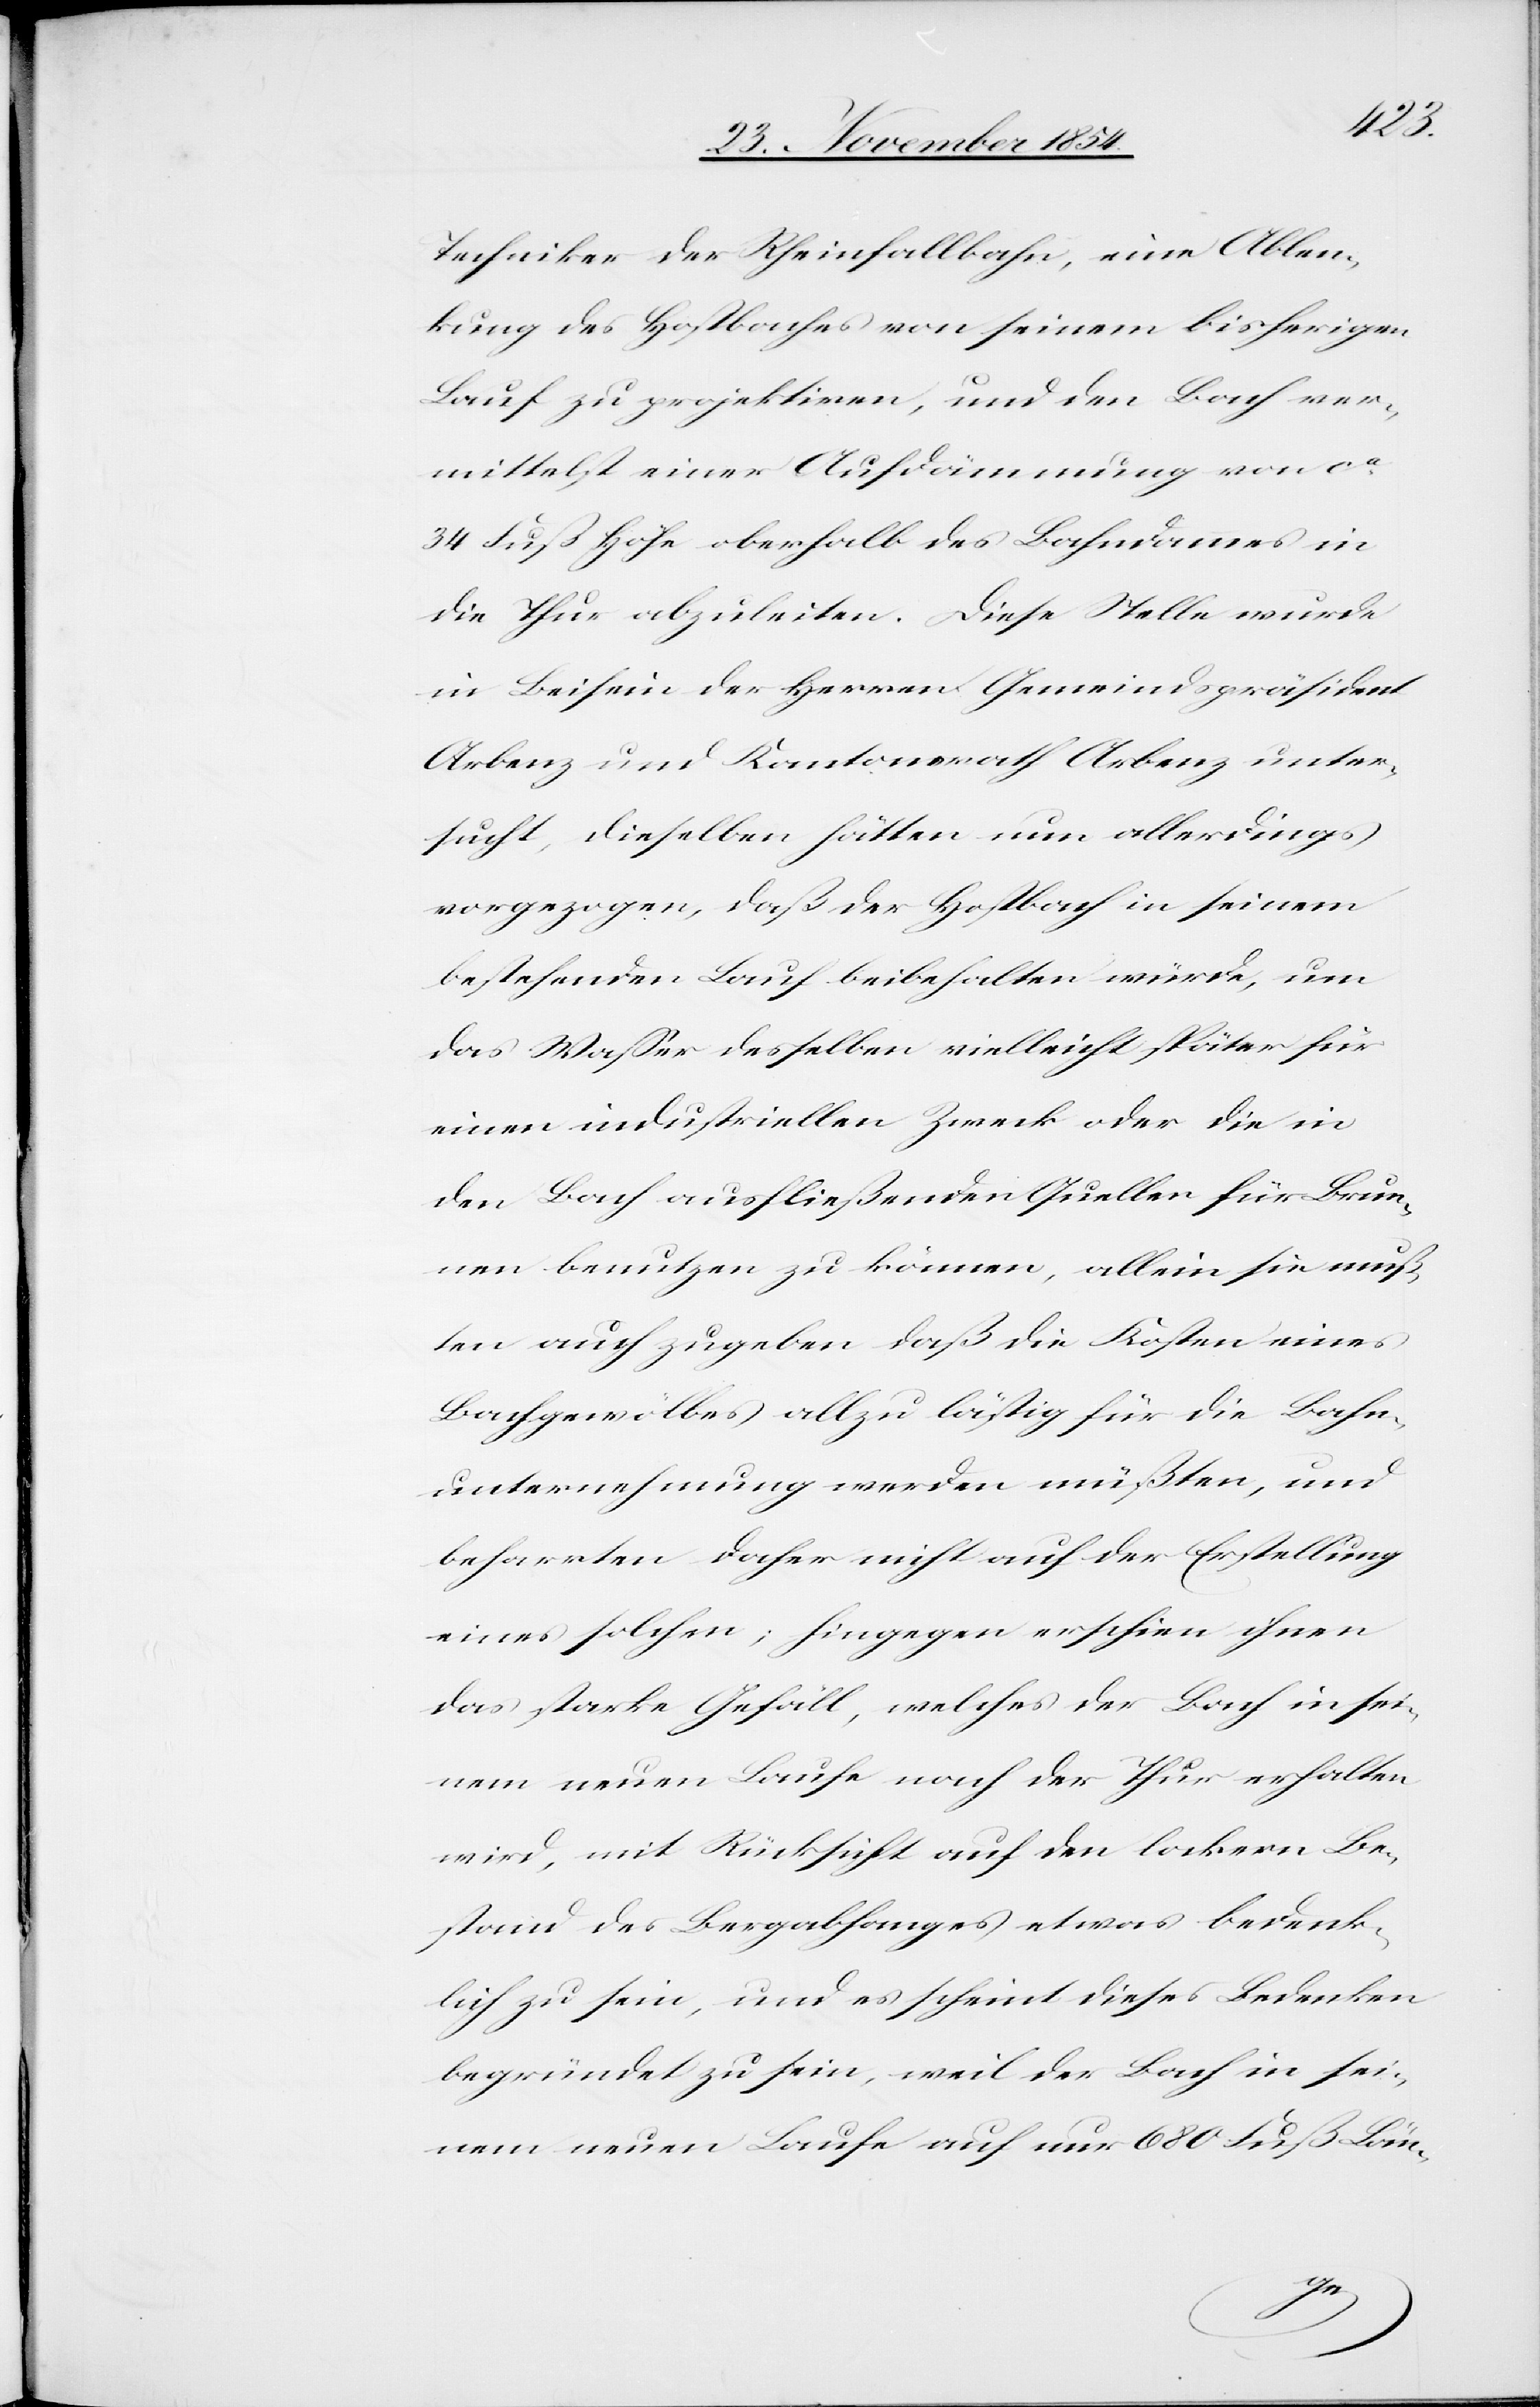
Techniker der Rheinfallbahn, eine Ablen¬
kung des Hostbaches von seinem bisherigen
Lauf zu projektiren, und den Bach ver¬
mittelst einer Aufdämmung von ca
34 Fuß Höhe oberhalb des Bahndammes in
die Thur abzuleiten. Diese Stelle wurde
in Beisein der Herren Gemeindspräsident
Arbenz und Kantonsrath Arbenz unter¬
sucht, dieselben hätten nun allerdings
vorgezogen, daß der Hostbach in seinem
bestehenden Lauf beibehalten würde, um
das Waßer desselben vielleicht später für
einen industriellen Zweck oder die in
den Bach ausfließenden Quellen für Brun¬
nen benutzen zu können, allein sie muß¬
ten auch zugeben daß die Kosten eines
Bachgewölbes allzu lästig für die Bahn¬
unternehmung werden müßten, und
beharrten daher nicht auf der Erstellung
eines solchen; hingegen erschien ihnen
das starke Gefäll, welches der Bach in sei¬
nem neuen Laufe nach der Thur erhalten
wird, mit Rücksicht auf den lockern Be¬
stand des Bergabhanges etwas bedenk¬
lich zu sein, und es scheint dieses Bedenken
begründet zu sein, weil der Bach in sei¬
nem neuen Laufe auf nur 680 Fuß Län-